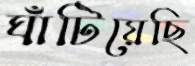
ঘাঁটিয়েছি